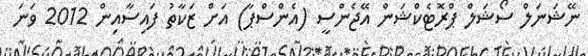
ނޭޝަނަލް ސޯޝަލް ޕްރޮޓެކްޝަން އޭޖެންސީ (އެންސްޕާ) އަށް ޒަކާތު ފައިސާއިން 2012 ވަނަ